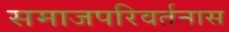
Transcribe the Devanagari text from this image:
समाजपरिवर्तनास